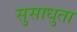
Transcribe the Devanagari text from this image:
सुसाधुता